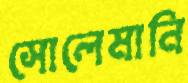
সোলেমানি